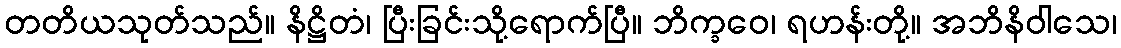
တတိယသုတ်သည်။ နိဋ္ဌိတံ၊ ပြီးခြင်းသို့ရောက်ပြီ။ ဘိက္ခဝေ၊ ရဟန်းတို့။ အဘိနိဝါသေ၊